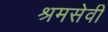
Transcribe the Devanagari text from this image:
श्रमसेवी